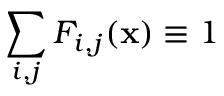
\sum _ { i , j } F _ { i , j } ( \mathbf { x } ) \equiv 1